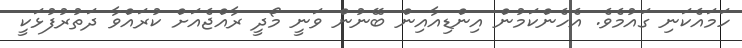
ހަމައެކަނި ގައުމެވެ. އެހެންކަމުން އިންޑިއާއިން ބޭނުން ވަނީ މޯދީ ރާއްޖެއަށް ކުރައްވާ ދަތުރުފުޅަކީ